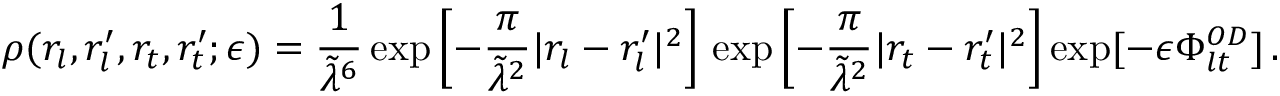
\rho ( r _ { l } , r _ { l } ^ { \prime } , r _ { t } , r _ { t } ^ { \prime } ; \epsilon ) = \frac { 1 } { \tilde { \lambda } ^ { 6 } } \exp \left[ - \frac { \pi } { \tilde { \lambda } ^ { 2 } } | r _ { l } - r _ { l } ^ { \prime } | ^ { 2 } \right] \, \exp \left[ - \frac { \pi } { \tilde { \lambda } ^ { 2 } } | r _ { t } - r _ { t } ^ { \prime } | ^ { 2 } \right] \exp [ - \epsilon \Phi _ { l t } ^ { O D } ] \, .